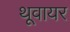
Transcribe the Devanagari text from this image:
थूवायर